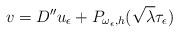
LaTeX: \begin{align*}v=D''u_\epsilon+P_{\omega_{\epsilon},h}(\sqrt{\lambda}\tau_\epsilon)\end{align*}